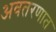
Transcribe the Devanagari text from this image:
अवतरणात